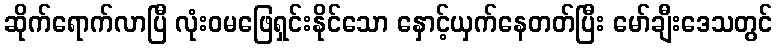
ဆိုက်ရောက်လာပြီ လုံးဝမဖြေရှင်းနိုင်သော နှောင့်ယှက်နေတတ်ပြီး မော်ချီးဒေသတွင်